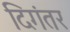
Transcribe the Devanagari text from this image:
दिगंतर